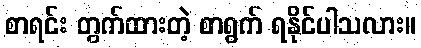
စာရင်း တွက်ထားတဲ့ စာရွက် ရနိုင်ပါသလား။